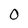
Character: O